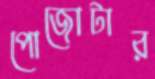
পোজোটার